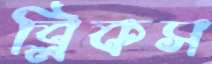
ব্লিকস